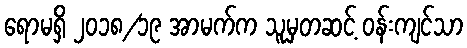
ရောမရှိ ၂၀၁၈/၁၉ အာမက်က သူမှတဆင့် ဝန်းကျင်သာ